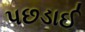
પછડાઈ